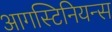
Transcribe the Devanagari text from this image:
आगस्टिनियन्स